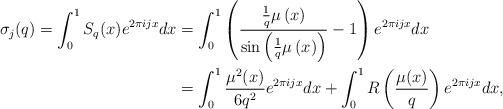
LaTeX: \begin{align*} \sigma_j (q) = \int_0^1 S_q(x) e^{2 \pi i j x} dx & = \int_0^1 \left ( \frac { \frac{1}{q} \mu \left ( x \right )} { \sin \left ( \frac{1}{q} \mu \left (x \right ) \right )} -1 \right ) e^{2 \pi i j x} dx \\& = \int_0^1 \frac{ \mu^2(x)}{6q^2} e^{2 \pi i j x} dx + \int_0^1 R \left ( \frac{\mu(x)}{q} \right ) e^{2 \pi i j x}dx, \end{align*}